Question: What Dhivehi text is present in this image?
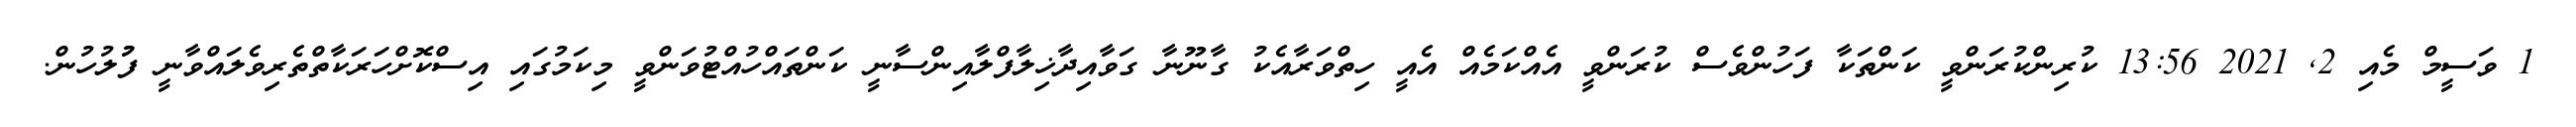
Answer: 1 ވަސީމް މެއި 2, 2021 13:56 ކުރިންކުރަންވީ ކަންތަކާ ފަހުންވެސް ކުރަންވީ އެއްކަމެއް އެއީ ހިތްވަރާއެކު ގާނޫނާ ގަވާއިދާޚިލާފްލާއިންސާނީ ކަންތައްހުއްޓުވަންވީ މިކަމުގައި އިސްކޮށްހަރަކާތްތެރިވެލައްވާނީ ފުުލުހުން.